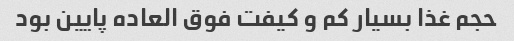
حجم غذا بسیار کم و کیفت فوق العاده پایین بود